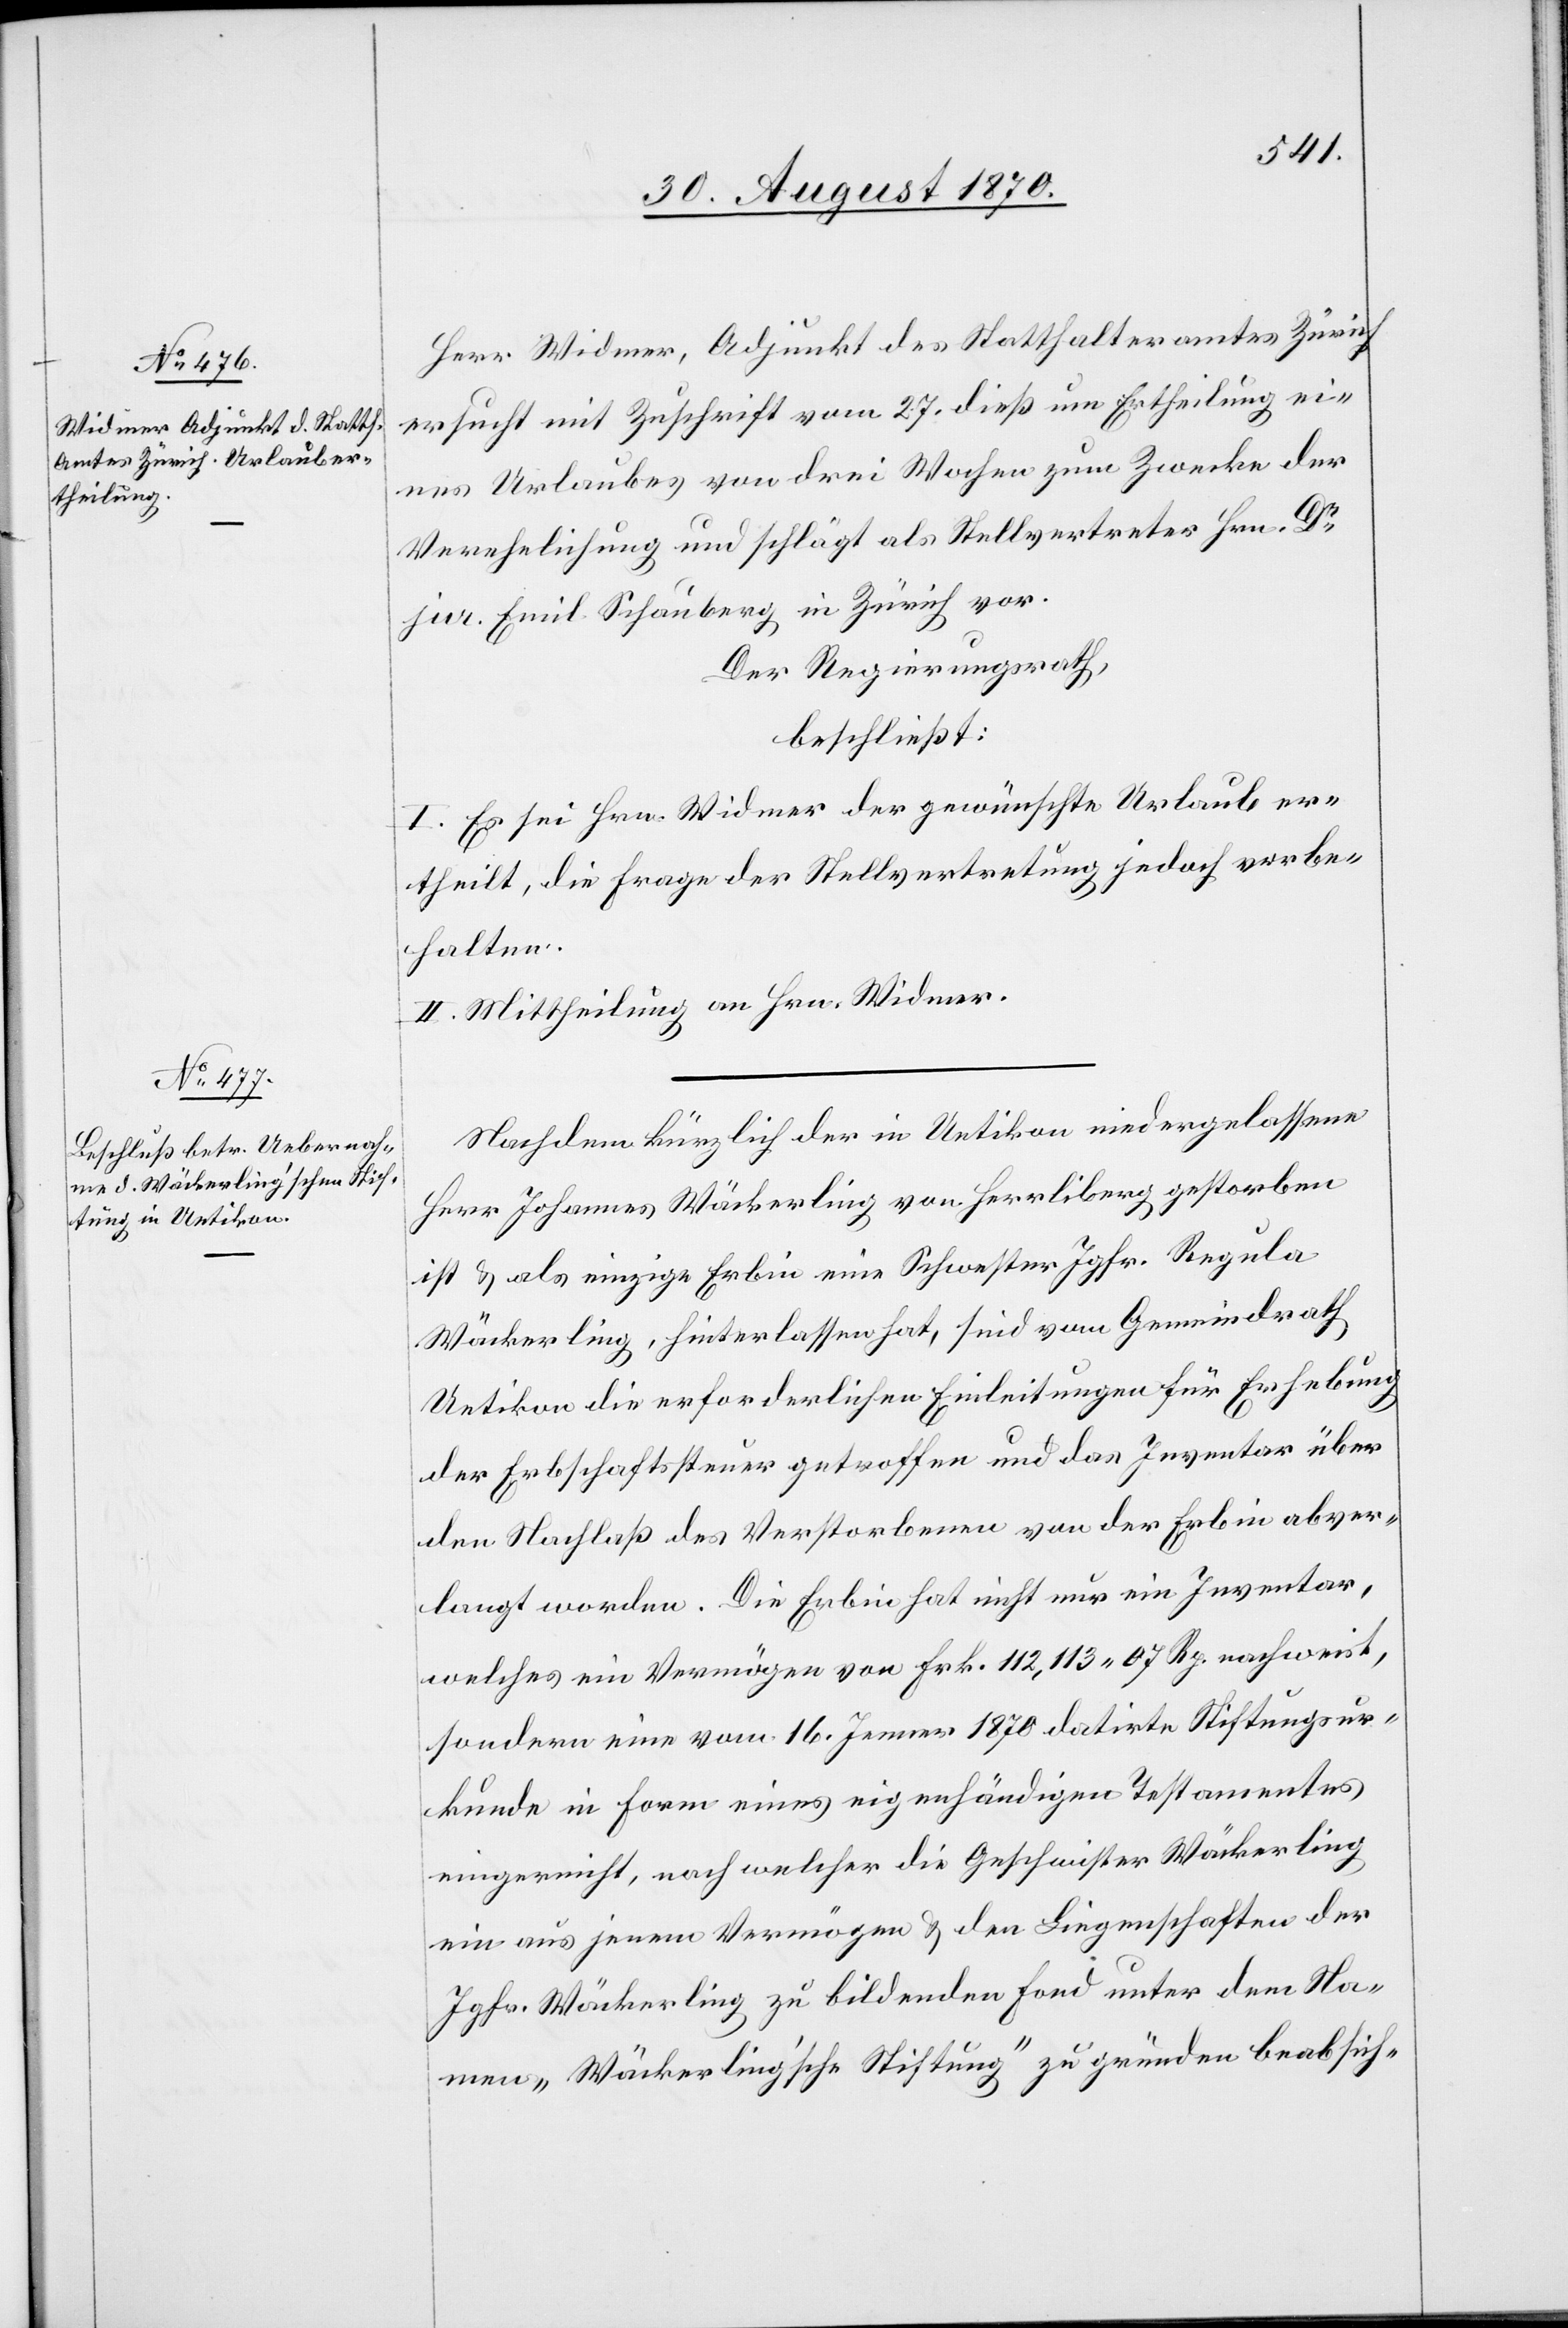
Herr Widmer, Adjunkt des Statthalteramtes Zürich
ersucht mit Zuschrift vom 27. dieß um Ertheilung ei¬
nes Urlaubes von drei Wochen zum Zwecke der
Verehelichung und schlägt als Stellvertreter Hrn. Dr
jur. Emil Schauberg in Zürich vor.
Der Regierungsrath,
beschließt:
I. Es sei Hrn. Widmer der gewünschte Urlaub er¬
theilt, die Frage der Stellvertretung jedoch vorbe¬
halten.
II. Mittheilung an Hrn. Widmer.
Nachdem kürzlich der in Uetikon niedergelassene
Herr Johannes Wäckerling von Herrliberg gestorben
ist & als einzige Erbin eine Schwester Jgfr. Regula
Wäckerling, hinterlassen hat, sind vom Gemeindrath
Uetikon die erforderlichen Einleitungen für Erhebung
der Erbschaftssteuer getroffen und das Inventar über
den Nachlaß des Verstorbenen von der Erbin abver¬
langt worden. Die Erbin hat nicht nur ein Inventar,
welches ein Vermögen von Fr. 112,113.07 Rp. nachweist,
sondern eine vom 16. Jenner 1870 datirte Stiftungsur¬
kunde in Form eines eigenhändigen Testamentes
eingereicht, nach welcher die Geschwister Wäckerling
ein aus jenem Vermögen & den Liegenschaften der
Jgfr. Wäckerling zu bildenden Fond unter dem Na¬
men „Wäckerling’sche Stiftung“ zu gründen beabsich-